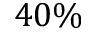
4 0 \%